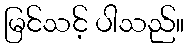
မြင်သင့် ပါသည်။